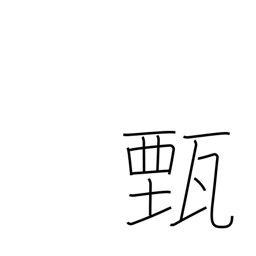
Meaning: make clear